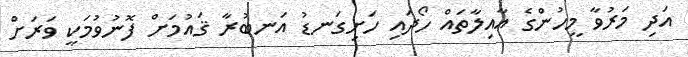
އަދި މަރުވާ މީހުންގެ އާއިލާތައް ހޯދައި ހަށިގަނޑު އަނބުރާ ޤައުމަށް ފޮނުވުމަކީ ވަރަށް